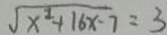
\sqrt { x ^ { 2 } + 1 6 x - 7 } = 3